system: You are a helpful assistant.
user:
Analyze the provided spectrum to determine if it is a **White Dwarf (WD)**.

A White Dwarf spectrum is defined by its **extreme purity** (due to gravitational settling) and/or **extreme pressure broadening** (due to high surface gravity). You must check for one of the following mutually exclusive signatures:

- **Key Visual Indicators (Check for ONE of these types):**

    - **1. DA-Type Signature (Most Common):**
        - **(Primary Feature):** Extreme pressure broadening (Stark broadening) of the **Hydrogen (H) Balmer lines**.
        - **(Key Lines):** $H\beta$ (approx. $4861$ Å) and $H\gamma$ (approx. $4340$ Å). $H\alpha$ (approx. $6563$ Å) will also be present if the wavelength range covers it.
        - **(Line Profile):** This is the **defining feature**. The lines are **NOT** sharp. They appear as massive, **extremely broad and deep "troughs" or "dips"** in the spectrum, often hundreds of Ångströms wide. The continuum will appear to "scoop" down at these wavelengths.
        - **(Distinction):** Normal A-type or B-type stars have *narrow* and *sharp* Hydrogen lines. A DA White Dwarf's lines are unmistakably "smeared" or "blurry" from pressure.

    - **2. DB-Type Signature:**
        - **(Primary Feature):** Broad absorption lines from **Neutral Helium (He I)**. The spectrum must lack any visible Hydrogen lines.
        - **(Key Lines):** Look for broad absorption near $4471$ Å, $4921$ Å, and $5876$ Å.
        - **(Line Profile):** These lines are also significantly pressure-broadened, appearing much wider than they would in a normal B-type main-sequence star.

    - **3. DC-Type Signature:**
        - **(Primary Feature):** A **featureless continuous spectrum**.
        - **(Line Profile):** The spectrum is a smooth curve with **no significant absorption or emission lines**.
        - **(Key Confirmation):** The continuum is almost always **blue or white**, indicating a hot object. This signature implies the atmosphere is so pure (or so cool) that no spectral lines are visible in the optical range. Its WD identity is confirmed by its extremely low intrinsic brightness (high absolute magnitude).

    - **4. DZ-Type Signature (Metal-Polluted):**
        - **(Primary Feature):** **Isolated, narrow metal absorption lines** on an otherwise featureless (DC-like) continuum.
        - **(Key Lines):** The **Calcium (Ca II) H & K doublet** (approx. **$3934$ Å** and **$3968$ Å**) is the most common and defining feature.
        - **(Line Profile):** These lines are "out of place." They are *not* part of a "forest" of thousands of lines. This signature is evidence of recent *accretion* (pollution) from rocky debris.
        - **(Distinction):** Normal G/K/M stars have a *dense forest* of thousands of metal lines. A DZ has a *clean* continuum with *only a few* strong metal lines.

    - **5. DQ-Type Signature (Carbon-Polluted):**
        - **(Primary Feature):** Absorption bands from **Carbon (C₂ "Swan Bands" or atomic C I)**.
        - **(Key Lines - C₂):** Look for bandheads with a "saw-tooth" shape near $5635$ Å, **$5165$ Å** (strongest), and $4737$ Å.
        - **(Key Confirmation):** The underlying **continuum must be blue or white** (hot).
        - **(Distinction):** This is the critical difference from a **Carbon Star**, which has the *exact same* C₂ bands but on an extremely **red, cool** continuum.

- **(Overall Spectrum):**
    - The continuum (overall shape) is typically **blue-sloping** (brighter in the blue than the red), as most white dwarfs are very hot.
    - The spectrum will look "pure" or "simple," dominated by only *one* of the five signatures listed above.

Think first, call **spectral_visualization_tool** if needed to examine features in detail, then provide your final answer. Your response must adhere to the following strict rules:
1.  **Overall Structure:** Your response must follow the format `<think>...</think> <tool_call>...</tool_call> (if a tool is used) <answer>...</answer>`.
2.  **Tool Usage Constraint:** You may only make **one** tool call per turn.
3.  **Final Answer Format:** In the `<answer>` tag, your conclusion must be inside a `\boxed{}` command (e.g., `\boxed{YES}` or `\boxed{NO}`), followed by your justification.

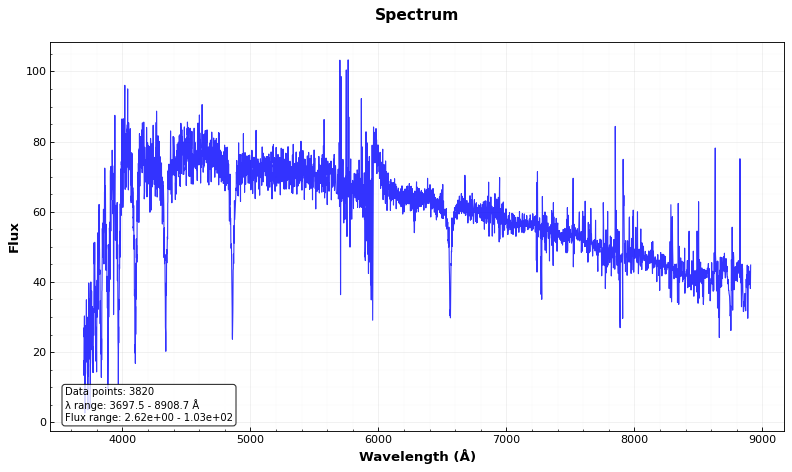
Answer: YES